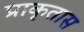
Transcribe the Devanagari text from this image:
प्राकृतास